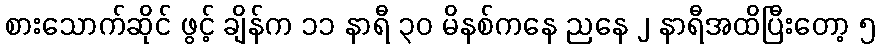
စားသောက်ဆိုင် ဖွင့် ချိန်က ၁၁ နာရီ ၃၀ မိနစ်ကနေ ညနေ ၂ နာရီအထိပြီးတော့ ၅